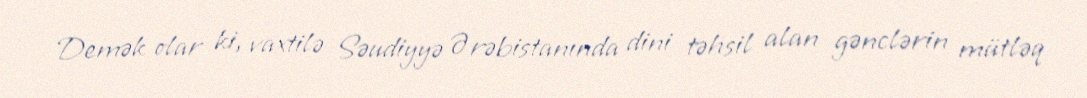
Demək olar ki, vaxtilə Səudiyyə Ərəbistanında dini təhsil alan gənclərin mütləq